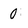
Character: 0